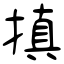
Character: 搷